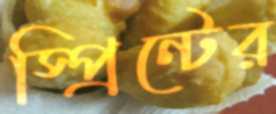
স্প্রিন্টের